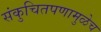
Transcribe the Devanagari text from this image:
संकुचितपणामुळेच